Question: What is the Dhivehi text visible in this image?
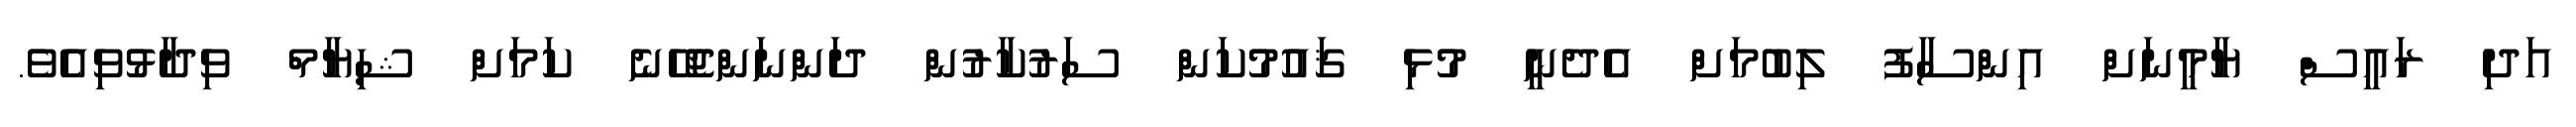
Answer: އަދި ރައީސް ޔާމީނަށް އިންސާފު ލިބުމަށް އެދެނީ މުޅި ޤައުމުކަން ސަރުކާރުން ދަންނަންޖެހޭނެ ކަމަށް ޝިޔާމް ވިދާޅުވިއެވެ.